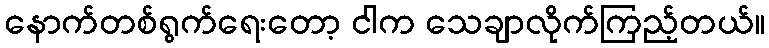
နောက်တစ်ရွက်ရေးတော့ ငါက သေချာလိုက်ကြည့်တယ်။